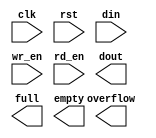
module rx_fifo(
	clk,
	rst,
	din,
	wr_en,
	rd_en,
	dout,
	full,
	overflow,
	empty);


input clk;
input rst;
input [7 : 0] din;
input wr_en;
input rd_en;
output [7 : 0] dout;
output full;
output overflow;
output empty;

// synthesis translate_off

      FIFO_GENERATOR_V5_3 #(
		.C_COMMON_CLOCK(1),
		.C_COUNT_TYPE(0),
		.C_DATA_COUNT_WIDTH(6),
		.C_DEFAULT_VALUE("BlankString"),
		.C_DIN_WIDTH(8),
		.C_DOUT_RST_VAL("0"),
		.C_DOUT_WIDTH(8),
		.C_ENABLE_RLOCS(0),
		.C_ENABLE_RST_SYNC(1),
		.C_ERROR_INJECTION_TYPE(0),
		.C_FAMILY("virtex5"),
		.C_FULL_FLAGS_RST_VAL(0),
		.C_HAS_ALMOST_EMPTY(0),
		.C_HAS_ALMOST_FULL(0),
		.C_HAS_BACKUP(0),
		.C_HAS_DATA_COUNT(0),
		.C_HAS_INT_CLK(0),
		.C_HAS_MEMINIT_FILE(0),
		.C_HAS_OVERFLOW(1),
		.C_HAS_RD_DATA_COUNT(0),
		.C_HAS_RD_RST(0),
		.C_HAS_RST(1),
		.C_HAS_SRST(0),
		.C_HAS_UNDERFLOW(0),
		.C_HAS_VALID(0),
		.C_HAS_WR_ACK(0),
		.C_HAS_WR_DATA_COUNT(0),
		.C_HAS_WR_RST(0),
		.C_IMPLEMENTATION_TYPE(0),
		.C_INIT_WR_PNTR_VAL(0),
		.C_MEMORY_TYPE(2),
		.C_MIF_FILE_NAME("BlankString"),
		.C_MSGON_VAL(1),
		.C_OPTIMIZATION_MODE(0),
		.C_OVERFLOW_LOW(0),
		.C_PRELOAD_LATENCY(0),
		.C_PRELOAD_REGS(1),
		.C_PRIM_FIFO_TYPE("512x36"),
		.C_PROG_EMPTY_THRESH_ASSERT_VAL(4),
		.C_PROG_EMPTY_THRESH_NEGATE_VAL(5),
		.C_PROG_EMPTY_TYPE(0),
		.C_PROG_FULL_THRESH_ASSERT_VAL(31),
		.C_PROG_FULL_THRESH_NEGATE_VAL(30),
		.C_PROG_FULL_TYPE(0),
		.C_RD_DATA_COUNT_WIDTH(6),
		.C_RD_DEPTH(32),
		.C_RD_FREQ(1),
		.C_RD_PNTR_WIDTH(5),
		.C_UNDERFLOW_LOW(0),
		.C_USE_DOUT_RST(1),
		.C_USE_ECC(0),
		.C_USE_EMBEDDED_REG(0),
		.C_USE_FIFO16_FLAGS(0),
		.C_USE_FWFT_DATA_COUNT(1),
		.C_VALID_LOW(0),
		.C_WR_ACK_LOW(0),
		.C_WR_DATA_COUNT_WIDTH(6),
		.C_WR_DEPTH(32),
		.C_WR_FREQ(1),
		.C_WR_PNTR_WIDTH(5),
		.C_WR_RESPONSE_LATENCY(1))
	inst (
		.CLK(clk),
		.SRST(0),
		.DIN(din),
		.WR_EN(wr_en),
		.RD_EN(rd_en),
		.DOUT(dout),
		.FULL(full),
		.OVERFLOW(overflow),
		.EMPTY(empty),
		.BACKUP(0),
		.BACKUP_MARKER(0),
		.RST(rst),
		.WR_CLK(0),
		.WR_RST(0),
		.RD_CLK(0),
		.RD_RST(0),
		.PROG_EMPTY_THRESH(0),
		.PROG_EMPTY_THRESH_ASSERT(0),
		.PROG_EMPTY_THRESH_NEGATE(0),
		.PROG_FULL_THRESH(0),
		.PROG_FULL_THRESH_ASSERT(0),
		.PROG_FULL_THRESH_NEGATE(0),
		.INT_CLK(0),
		.INJECTDBITERR(0),
		.INJECTSBITERR(0),
		.ALMOST_FULL(),
		.WR_ACK(),
		.ALMOST_EMPTY(),
		.VALID(),
		.UNDERFLOW(),
		.DATA_COUNT(),
		.RD_DATA_COUNT(),
		.WR_DATA_COUNT(),
		.PROG_FULL(),
		.PROG_EMPTY(),
		.SBITERR(),
		.DBITERR());


// synthesis translate_on

endmodule